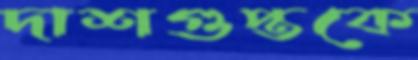
দাশগুপ্তকে